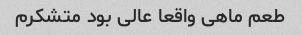
طعم ماهی واقعا عالی بود متشکرم